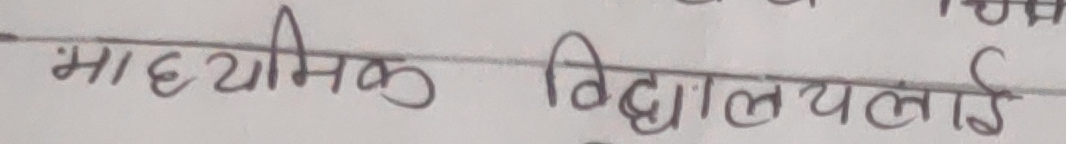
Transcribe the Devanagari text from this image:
माध्यमिक विद्यालयलाई